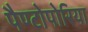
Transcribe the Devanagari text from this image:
पैण्टोपोरिया